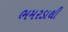
ભમરડાથી